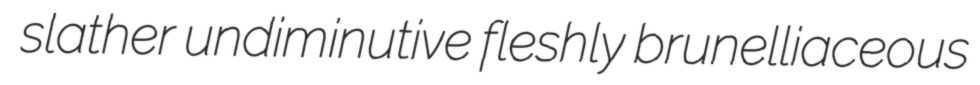
slather undiminutive fleshly brunelliaceous